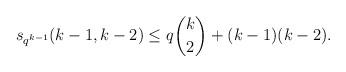
LaTeX: \begin{align*} s_{q^{k-1}}(k-1,k-2)\leq q\binom{k}{2}+(k-1)(k-2).\end{align*}